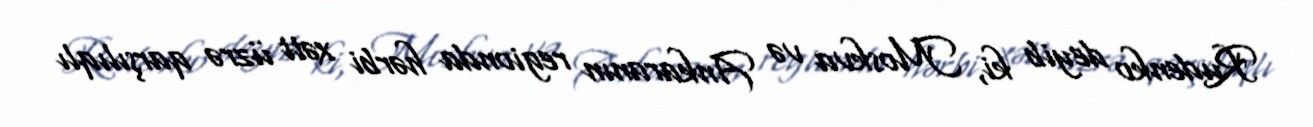
Rudenko deyib ki, Moskva və Ankaranın regionda hərbi xətt üzrə qarşılıqlı